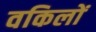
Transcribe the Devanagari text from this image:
वकिलों